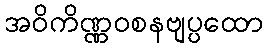
အဝိကိဏ္ဏဝစနဗျပ္ပထော